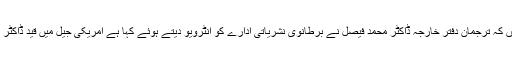
چند روز قبل یہ اطلاعات سامنے آئی تھیں کہ ترجمان دفترِ خارجہ ڈاکٹر محمد فیصل نے برطانوی نشریاتی ادارے کو انٹرویو دیتے ہوئے کہا ہے امریکی جیل میں قید ڈاکٹر عافیہ صدیقی پاکستان نہیں آنا چاہتیں ہیں۔